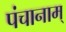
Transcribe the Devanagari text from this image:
पंचानाम्